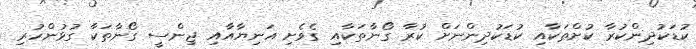
ކުޑަކުދިންކުރާ ކުށްތަކާއި ކުޑަކުދިންނަށް ކުރާ ގޯނާތަކާއި ގެވެށި އަނިޔާއާއި ޖިންސީ ގޯނާތަކާ ގުޅުންހުރި